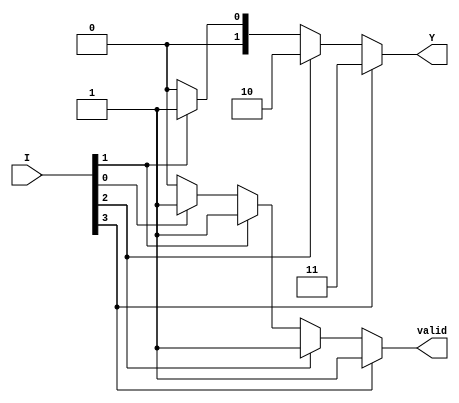
module dual_priority_encoder (
    input wire [3:0] I,      // 4 input lines
    output reg [1:0] Y,      // 2-bit output for encoding
    output reg valid          // Valid signal
);

    always @(*) begin
        // Default values
        Y = 2'b00;  // Default output
        valid = 1'b0; // Default valid signal

        // Priority encoding logic
        if (I[3]) begin
            Y = 2'b11; // Output for I3
            valid = 1'b1;
        end else if (I[2]) begin
            Y = 2'b10; // Output for I2
            valid = 1'b1;
        end else if (I[1]) begin
            Y = 2'b01; // Output for I1
            valid = 1'b1;
        end else if (I[0]) begin
            Y = 2'b00; // Output for I0
            valid = 1'b1;
        end
        // If no inputs are active, Y remains 00 and valid remains 0
    end

endmodule